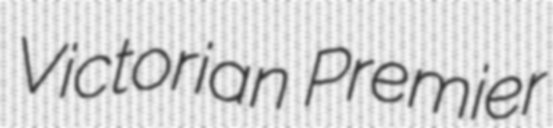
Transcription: Victorian Premier